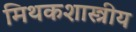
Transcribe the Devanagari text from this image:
मिथकशास्त्रीय